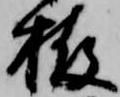
栫